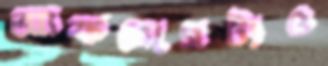
আফসোসটাও